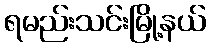
ရမည်းသင်းမြို့နယ်